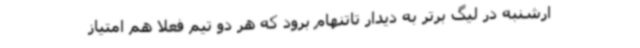
ارشنبه در لیگ برتر به دیدار تاتنهام برود که هر دو تیم فعلا هم امتیاز